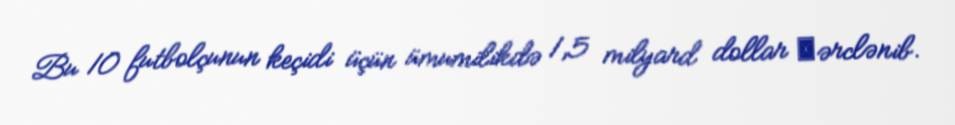
Bu 10 futbolçunun keçidi üçün ümumilikdə 1,5 milyard dollar хərclənib.